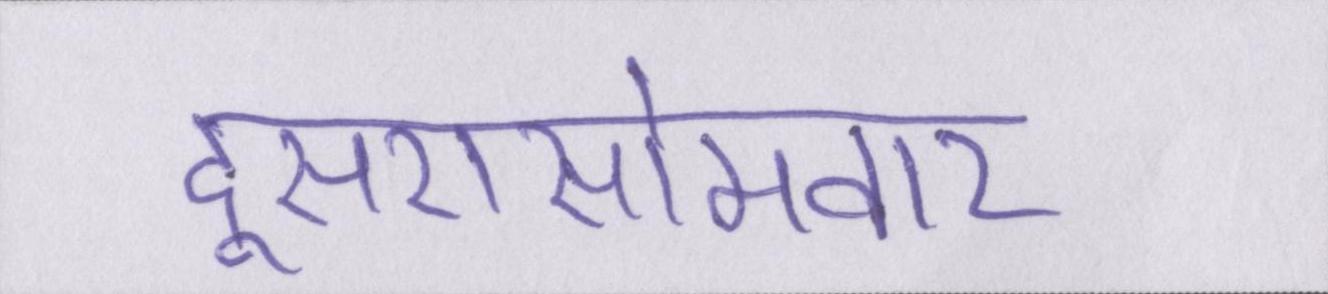
दूसरासोमवार